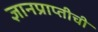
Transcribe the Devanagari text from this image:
ज्ञानप्राप्तीची